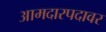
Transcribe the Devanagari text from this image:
आमदारपदावर